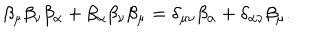
\beta _ { \mu } \beta _ { \nu } \beta _ { \alpha } + \beta _ { \alpha } \beta _ { \nu } \beta _ { \mu } = \delta _ { \mu \nu } \beta _ { \alpha } + \delta _ { \alpha \nu } \beta _ { \mu } .